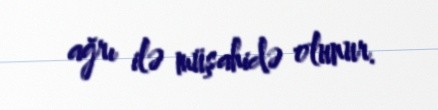
ağrı ilə müşahidə olunur.